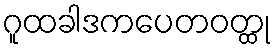
ဂူထခါဒကပေတဝတ္ထု